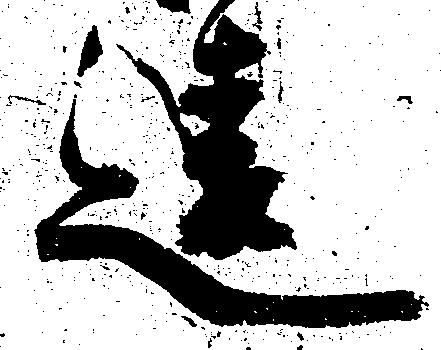
違